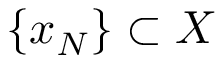
\{ x _ { N } \} \subset X